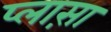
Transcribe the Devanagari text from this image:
प्लास़ा